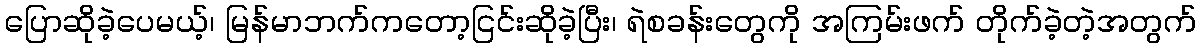
ပြောဆိုခဲ့ပေမယ့်၊ မြန်မာဘက်ကတော့ငြင်းဆိုခဲ့ပြီး၊ ရဲစခန်းတွေကို အကြမ်းဖက် တိုက်ခဲ့တဲ့အတွက်